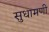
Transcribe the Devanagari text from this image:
सुधामणी